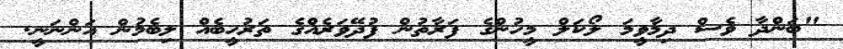
"ބަންދާ ވެސް ދިމާވީމަ ލޯކަލް މީހުންގެ ފަރާތުން ފުދޭވަރެއްގެ ތަރުހީބެއް ލިބެމުން އަންނަނީ.